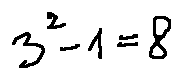
3 ^ { 2 } - 1 = 2